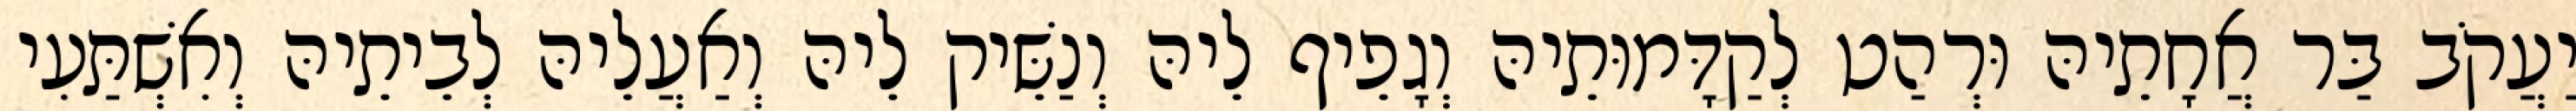
יַעֲקֹב בַּר אֲחָתֵיהּ וּרְהַט לְקַדָּמוּתֵיהּ וְגָפֵיף לֵיהּ וְנַשֵּׁיק לֵיהּ וְאַעֲלֵיהּ לְבֵיתֵיהּ וְאִשְׁתַּעִי